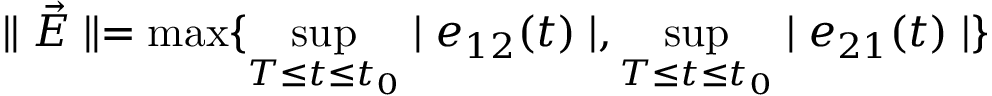
\parallel \vec { E } \parallel = \operatorname * { m a x } \{ \operatorname * { s u p } _ { T \leq t \leq t _ { 0 } } \mid e _ { 1 2 } ( t ) \mid , \operatorname * { s u p } _ { T \leq t \leq t _ { 0 } } \mid e _ { 2 1 } ( t ) \mid \}